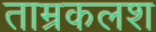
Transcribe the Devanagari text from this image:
ताम्रकलश